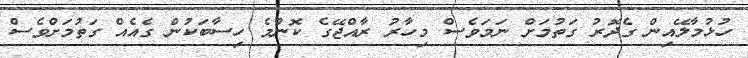
ހުޅުމާލޭއިން ގެދޮރު ގަތުމަށް ނަމަވެސް މިހާރު ރާއްޖޭގެ ކޮންމެ ހިސާބަކުން ގެއެއް ގަތުމަށްވެސް